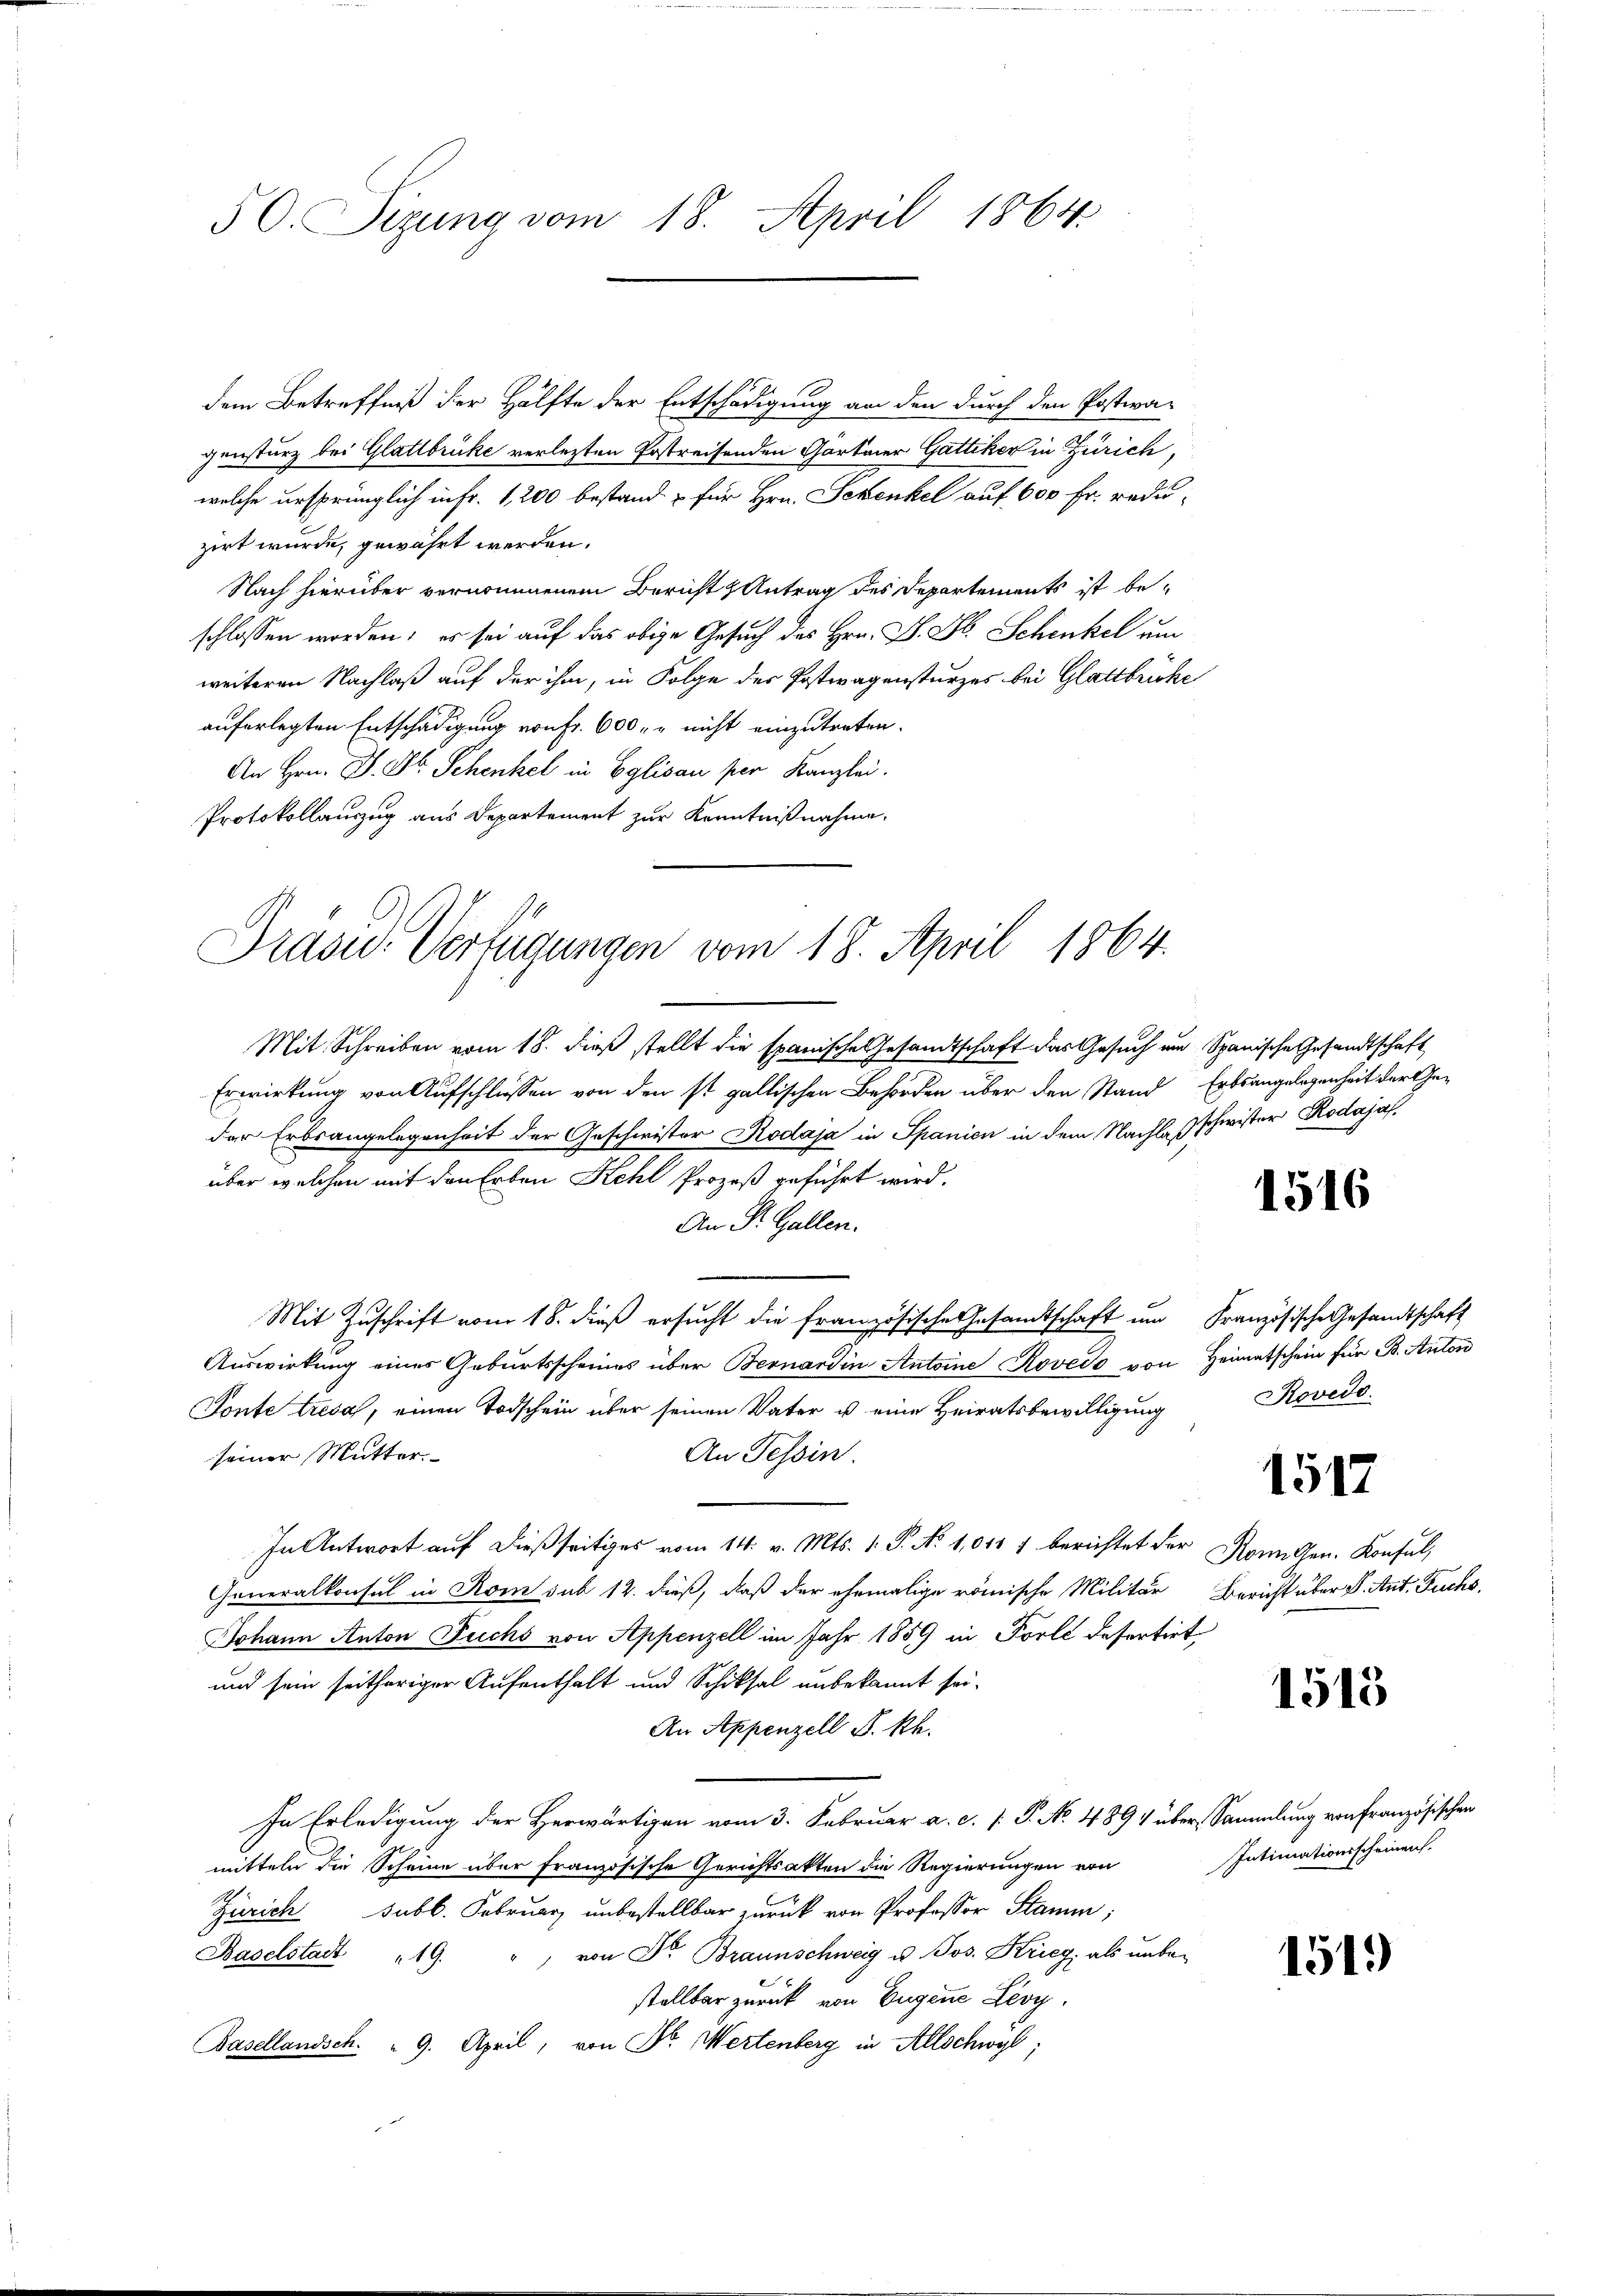
50. Sizung vom 18. April 1864.

dem Betreffniß der Hälfte der Entschädigung an den durch den Postera-
gensturz bei Glattbrücke verletzten Postreifenden Gartiner Gattiker in Zürich,
welche ursprünglich in Fr. 1,200 bestand & für Hrn. Schenkel auf 600 Fr. reduzirt wurde, gewährt werden.
Nach hierüber vernommenem Bericht & Antrag des Departements ist beschlossen worden; es sei auf das obige Gesuch des Hrn. F. Jb. Schenkel um
weiteren Nachlaß auf der ihm, in Folge des Postwagensturzes bei Glattbrücke
auferlegten Entschädigung von Fr. 600 r. nicht einzutreten.
An Hrn. J. St. Schenkel in Eglisau per Kanzlei.
Protokollauszug aus Departement zur Kenntnißnahme.
Mit Schreiben vom 18. dieß stellt die spanische Gesandtschaft das Gesuch um Spanische Gesandtschaft
Erwirkung von Aufschlüssen von den ist gallischen Behörden über den Stand Erbsangelegenheit der Geder Erbsangelegenheit der Geschwister Rodaja in Spanien in dem Nachlasschwister Rodajas.
über welchen mit den Erben Kehl Prozeß geführt wird.
An Dr. Gallen.
Mit Zŭschrift vom 18. dieß ersŭcht die französische Gesandtschaft ŭm Französische Gesandtschaft
Auswirkung eines Geburtsscheines über Bernardin Antoine Rovero von Heimatschein für B. Anton
Fonte tresa, einen Todschein über seinen Vater u. eine Heiratsbewilligung
seiner Mutter.
An Tessin.
In Antwort auf dießseitiges vom 14. v. Mts. 1. P. No 1,0117 berichtet der Rom Gen. Konsul,
Generalkonsul in Rom sub 12. dieß, daß der ehemalige römische Militär Bericht über P. Ant. Fuchs,
Johann Anton Fuchs von Appenzell im Jahr 1859 in Forlé desertirt
und sein seitheriger Aufenthalt und Schiksal unbekannt sei.
An Appenzell P. Rh.
In Erledigung der Herwärtigen vom 3. Februar a. c. [ P. No. 4894 über Sammlung von Französischen
mitteln die Scheine über französische Gerichtsakten die Regierungen von
Zürich subl. Februar unbestellbar zurück von Professor Stamm,
von Dr. Braunschweig u. Jos. Krieg, als unbe¬
Baselstadt 19.
stellbar zurück von Eugene Lioy.
Basellandsch. " 9. April, von Dr. Wertenberg in Allschwyl,

Präsid.. Verfügungen vom 18. April 1864.

1516

Rovedo

1517

1515

Intimationsscheinen.

1519